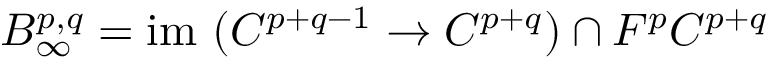
B _ { \infty } ^ { p , q } = { \mathrm { i m ~ } } ( C ^ { p + q - 1 } \rightarrow C ^ { p + q } ) \cap F ^ { p } C ^ { p + q }